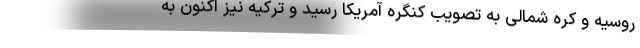
روسیه و کره شمالی به تصویب کنگره آمریکا رسید و ترکیه نیز اکنون به